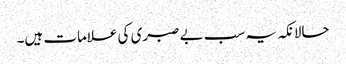
حالانکہ یہ سب بے صبری کی علامات ہیں۔